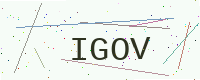
Text: IGOV